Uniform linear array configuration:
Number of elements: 16
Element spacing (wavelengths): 0.75
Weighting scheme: hann
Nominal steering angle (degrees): -15
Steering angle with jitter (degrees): -16.983
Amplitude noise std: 0.05
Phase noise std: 0.05

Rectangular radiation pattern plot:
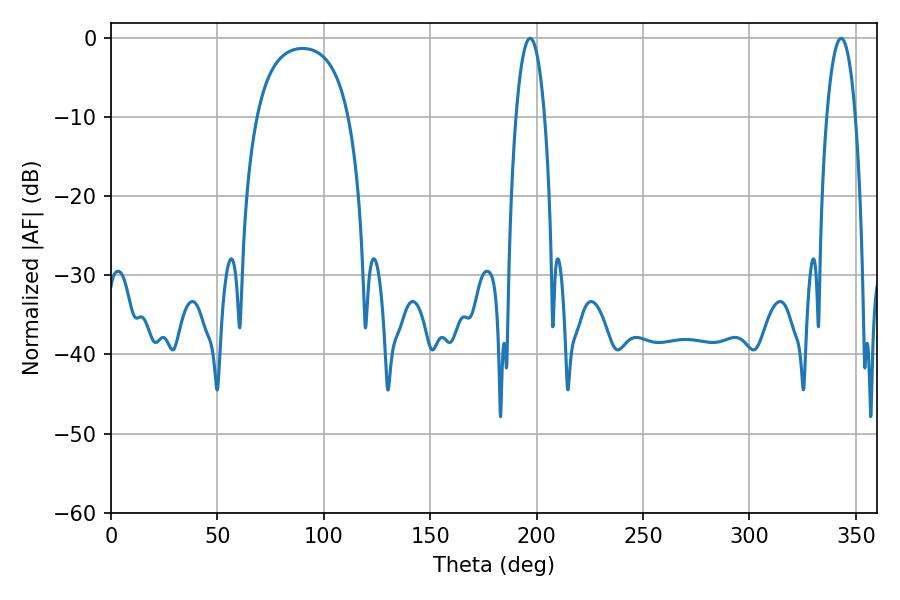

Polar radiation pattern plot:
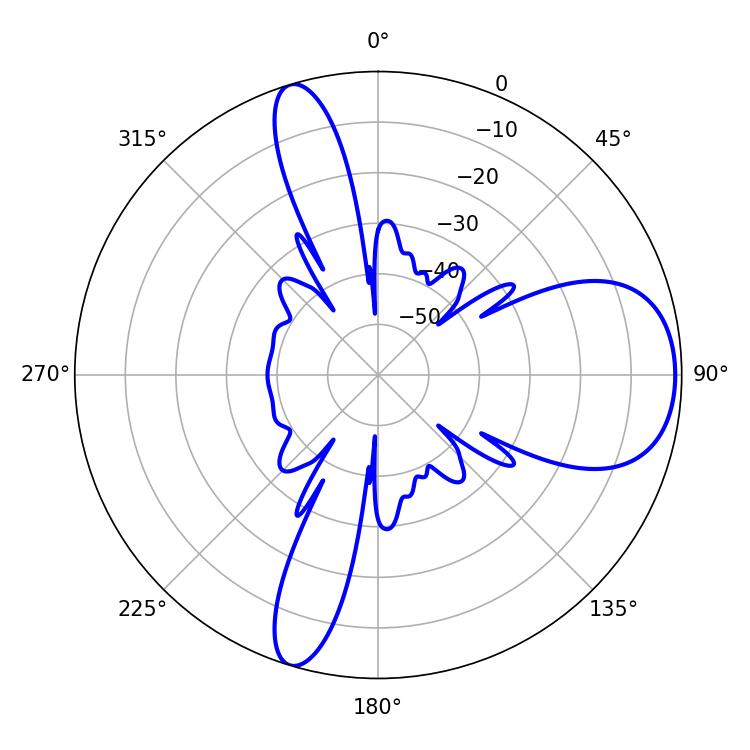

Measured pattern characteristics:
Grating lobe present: TRUE
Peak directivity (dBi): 8.33
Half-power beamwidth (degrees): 7.56
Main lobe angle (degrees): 196.92